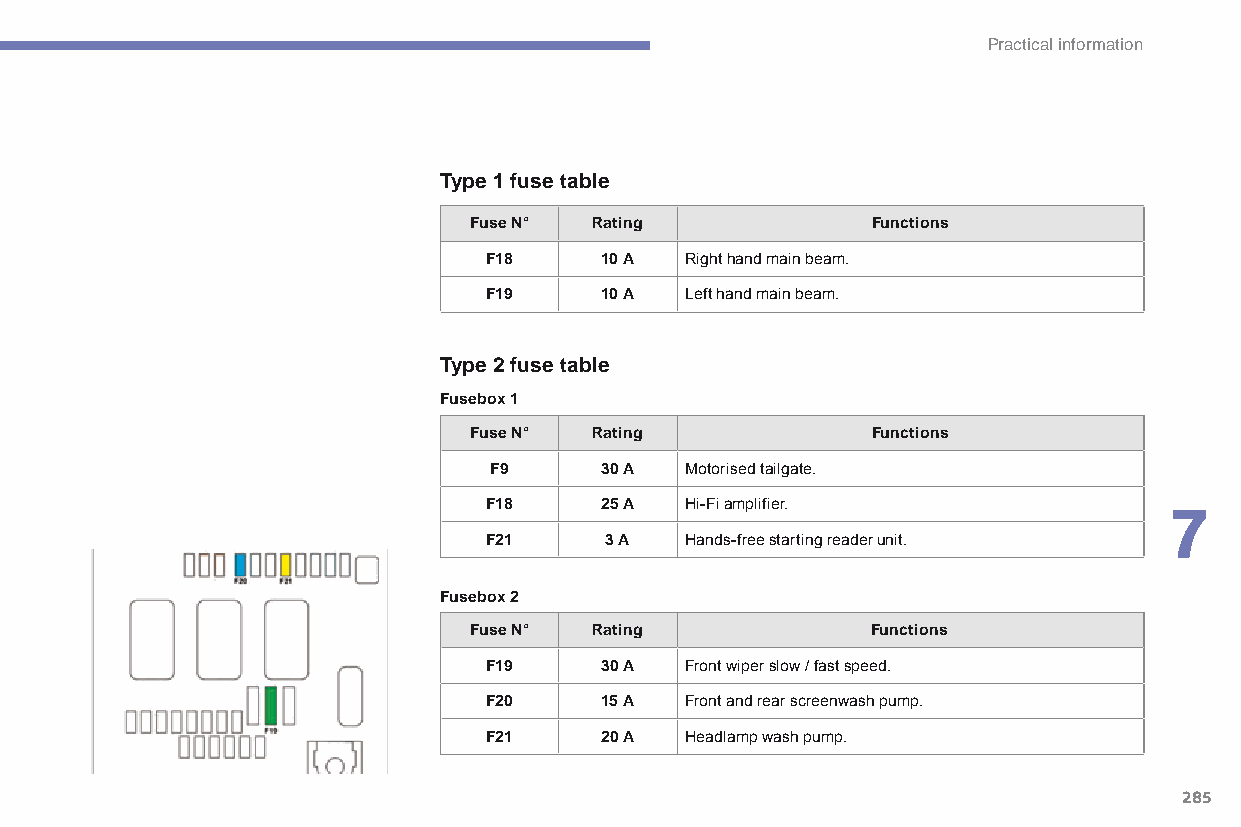
Practical information
 Type 1 fuse table
 Fuse N° Rating             Functions
 F18     10 A Right hand main beam.
 F19     10 A Left hand main beam.
 Type 2 fuse table
 Fusebox 1
 Fuse N° Rating             Functions
 F9      30 A Motorised tailgate.
 F18     25 A Hi-Fi amplifier.                7
 F21     3 A  Hands-free starting reader unit.
 Fusebox 2
 Fuse N° Rating             Functions
 F19     30 A Front wiper slow / fast speed.
 F20     15 A Front and rear screenwash pump.
 F21     20 A Headlamp wash pump.
 285
 C4-Picasso-II_en_Chap07_info-pratiques_ed01-2015